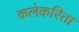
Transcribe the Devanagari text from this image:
कलेकरिता